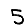
Digit: 5